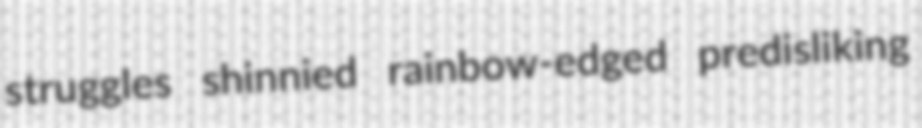
struggles shinnied rainbow-edged predisliking